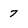
Character: 7